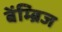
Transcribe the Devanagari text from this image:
बेंम्ब्रिज